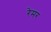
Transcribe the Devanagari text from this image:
रेमर